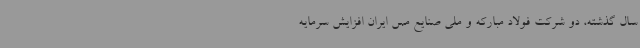
سال گذشته، دو شرکت فولاد مبارکه و ملی صنایع مس ایران افزایش سرمایه